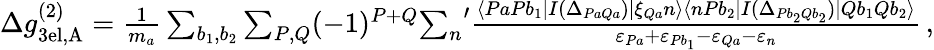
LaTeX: \begin{array}{r}{\Delta g_{\mathrm{3el,A}}^{(2)}=\frac{1}{m_{a}}\sum_{b_{1},b_{2}}\sum_{P,Q}(-1)^{P+Q}{\sum_{n}}^{\prime}\frac{\langle PaPb_{1}|I(\Delta_{PaQa})|\xi_{Qa}n\rangle\langle nPb_{2}|I(\Delta_{Pb_{2}Qb_{2}})|Qb_{1}Qb_{2}\rangle}{\varepsilon_{Pa}+\varepsilon_{Pb_{1}}-\varepsilon_{Qa}-\varepsilon_{n}}\, ,}\end{array}